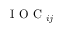
\mathrm { ~ I ~ O ~ C ~ } _ { i j }